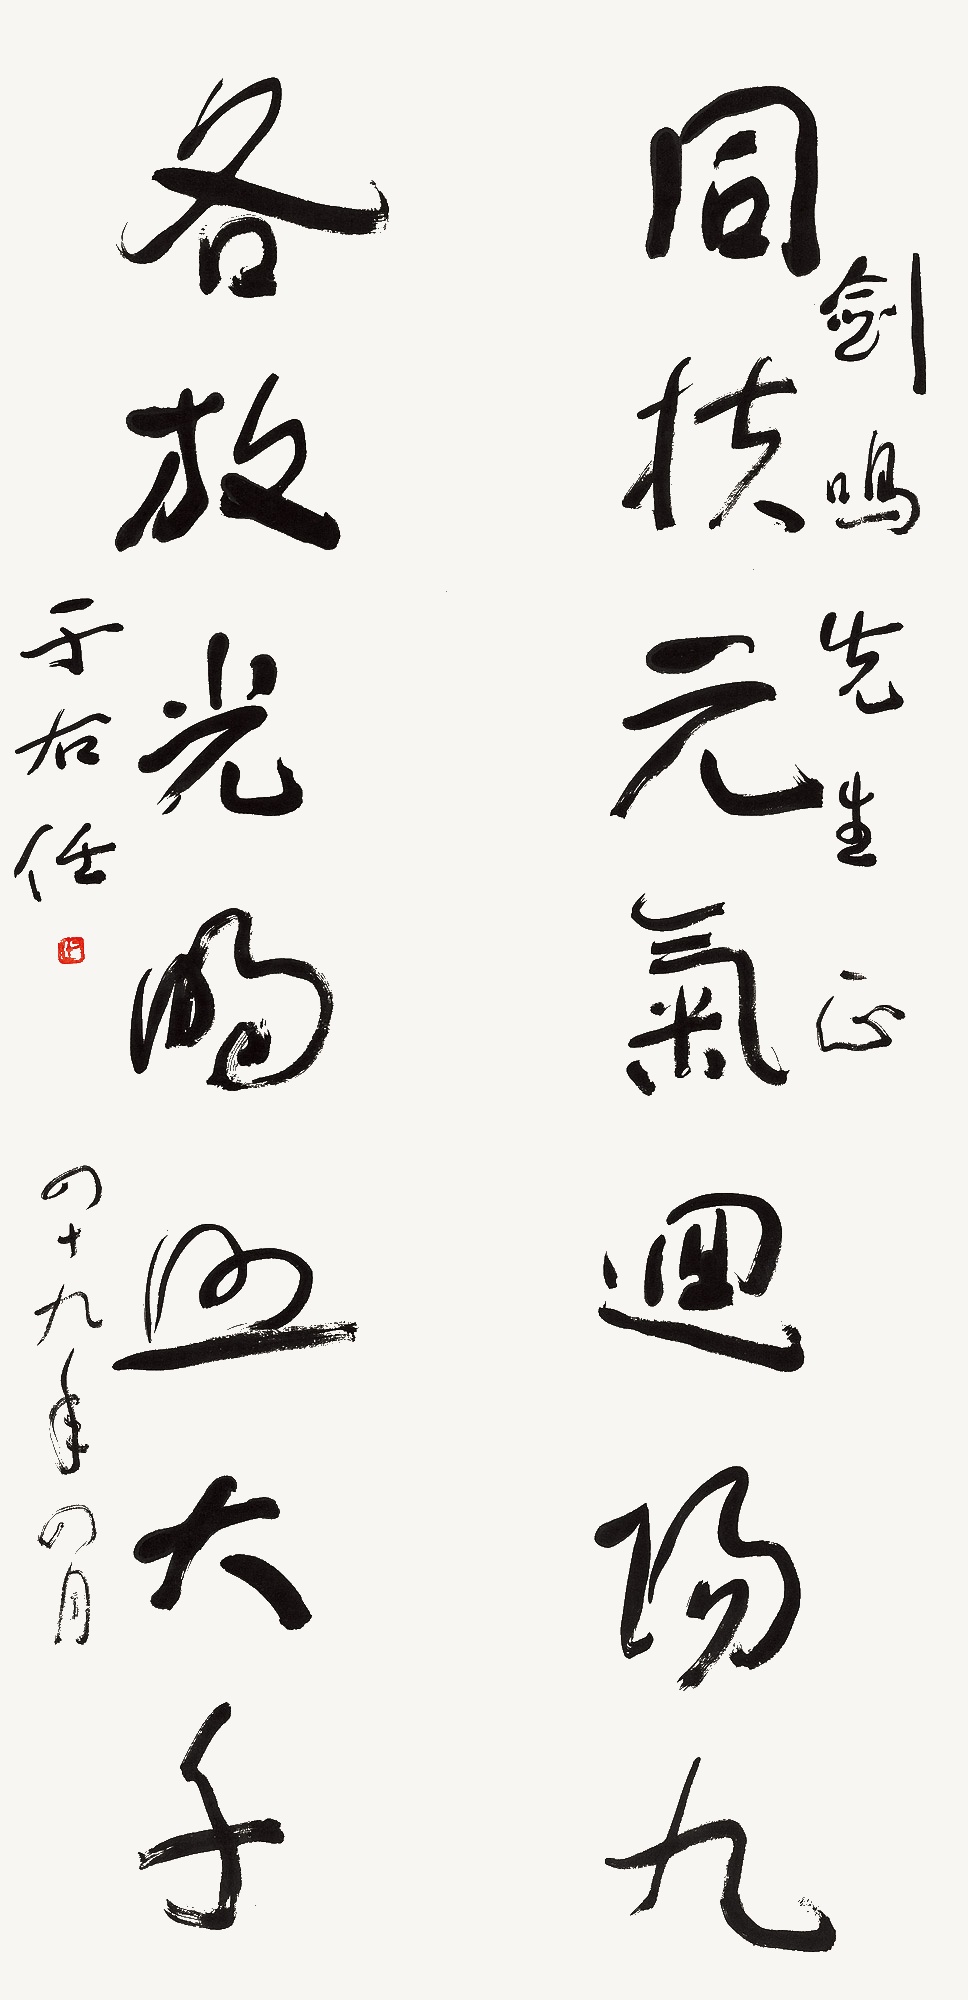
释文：同扶元气回阳久，各放光明照大千。剑鸣先生正。于右任，四十九年四月。